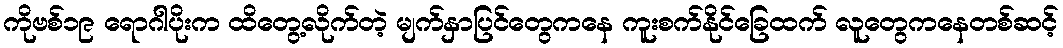
ကိုဗစ်၁၉ ရောဂါပိုးက ထိတွေ့လိုက်တဲ့ မျက်နှာပြင်တွေကနေ ကူးစက်နိုင်ခြေထက် လူတွေကနေတစ်ဆင့်